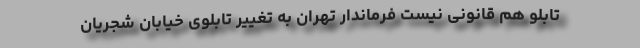
تابلو هم قانونی نیست فرماندار تهران به تغییر تابلوی خیابان شجریان